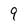
Character: 9